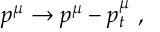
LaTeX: p ^ { \mu } \to p ^ { \mu } - p _ { t } ^ { \mu } \ ,